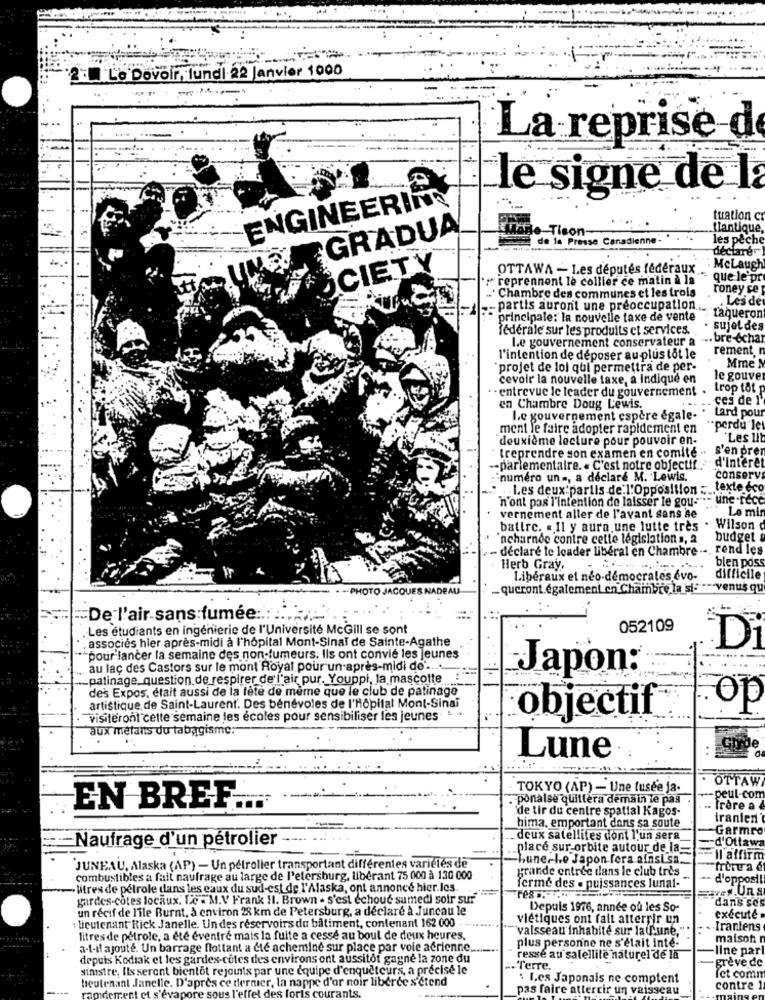
2. Le Dovoir, lundi 22 Janvier 1000
La reprise d
le signe de la
ENGINEERING
tuation c
GRADUA
ToBe Tison-
Ilantique,
de la Presse Canadienne-
les pêche
declare
UNE
CIETY
OTTAWA - Les députés fédéraux
: MeLaugh
: reprennent le collier ce matin à la
que le pr
roney ce
... Chambre des communes et les trois
Les de
-- partis auront une preoccupation.
principale: la nouvelle taxe de vente
taqueron
federale sur les produits et services.
. sujetdes
Le gouvernement conservateur a ... bre-echar
rement n
l'intention de déposer au plus tôt le
Mme N
"projet de loi qui permettra de per-
cevoir la nouvelle taxe, a Indiqué en
le gouver
. - entrevue le leader du gouvernement . trop tot p
ces de l'
en Chambre Doug Lewis.
Le gouvernement espère egale- . tard pour
ment le faire adopter rapidement en
** perdu let
deuxième lecture pour pouvoir en-
Les lib
s'en pren
-- parlementaire. « C'est notre objectif : "d'intérêt
treprendre son examen en comite .
numéro un -, a déclaré M. Lewis.
conserv
Les deux partis de l'Opposition :.. texte eco
n'ont pas l'intention de laisser le gou-" .- une-rece
Le min
vernement aller de l'avant sans ae
battre. « Il y aura une lutte tres . Wilson
'ncharnde contre cette législation s, 2
budget
- declare te leader liberal en Chambre --. rend les
blen pos
Herb Gray,
Libéraux el neo-démocrates evo-
difficile
TO JACQUES
DEAU
- queront.également en Chambre la si- *** venus qu
"De l'air sans fumée :: :. ",
Les étudiants en ingénierie de l'Université McGill se sont
052109
, associes hier après-midi à l'hopital Mont-Sinal de Sainte-Agathe
Di
"pour lancer la semaine des non-fumeurs. Ils ont convié les jeunes
au lac des Castors sur le mont Royal pour un après-midi de ....
Japon:
.... patinage, question de respirer de l'air pur. Youppi, la mascotte !
des Expos, était aussi de la fête de même que le club de patinage
artistique de Saint-Laurent. Des bénévoles de l'Hôpital Mont-Sinai
.. .
op
visiteront cette semaine les écoles pour sensibiliser les jeunes
objectif
aux metants du tabagisme:
Lune
OTTAW
TOKYO (AP) - Une fusée ja-
ponalse quittera demain le pas
-peut-com
EN BREF.
de tir du centre spatial Kagos-
. Trere a
iranien
hima, emportant dans sa soute
Garmro
-Naufrage d'un pétrolier
deux satellites dont l'un sera
d'Ottaw
place sur-orbite autour de la_
"Lune-le Japon fera ainsi sa_
I affirm
JUNEAU, Alaska (AP) - Un pétrolier transportant différentes variétés de
grande entrée dans le club très
fritura e
combustibles a fait naufrage au large de l'etersburg, libérant 75 000 à 130 000
- d'oppos !!
-litres de pétrole dans les eaux du sud-est de l'Alaska, ont annoncé hier.les.
ferme des = puissances lunal-
Haves.Uns
gardes-cotes locaux. Le . M.V Frank HI. Brown . s'est echoue samedi soir sur""
dans ses
un récif de l'île Burnt, à environ 28 km de Petersburg, a déclaré à Juncau le
Depuis 1976, année où les So-
: lieutenant Rick Janelle. Un des reservoirs du bâtiment, contenant 162 000
viétiques ont fait atterrir un
execute
vaisseau'inhabite sur la(une,".
-Irantens
litres de pétrole, a été evenfre mais la fuite a cessé au bout de deux heures.
plus personne ne s'était inte-
maison
a-t-il ajouté. Un barrage flottant a cie achemine sur place par vole aerienne.
-line par
depuis Kodiak et les gardes-coles des environs ont aussitôt gagne la zone du
ressé au satellite naturel de la
greve de
sinistre, Ils seront bientot rejoints par une equipe d'enqueteurs, a precise le
.Terre.
beutenant .Janelle. D'après ce dernier, la nappe d'or noir liberec s'étend
$ Les Japonais ne comptent
fet comm
e sous l'effet des foris courants.
pas faire attercir un vaisseau
contre 1